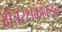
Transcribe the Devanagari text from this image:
क्षेत्ररक्षकांकडून